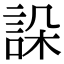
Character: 𧧨